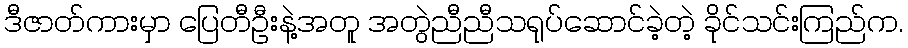
ဒီဇာတ်ကားမှာ ပြေတီဦးနဲ့အတူ အတွဲညီညီသရုပ်ဆောင်ခဲ့တဲ့ ခိုင်သင်းကြည်က.